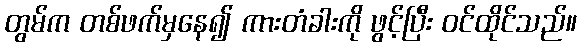
တွမ်က တစ်ဖက်မှနေ၍ ကားတံခါးကို ဖွင့်ပြီး ဝင်ထိုင်သည်။